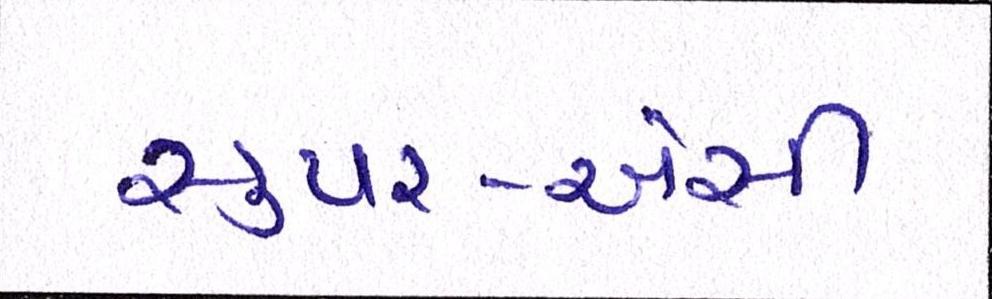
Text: સુપર-એસી